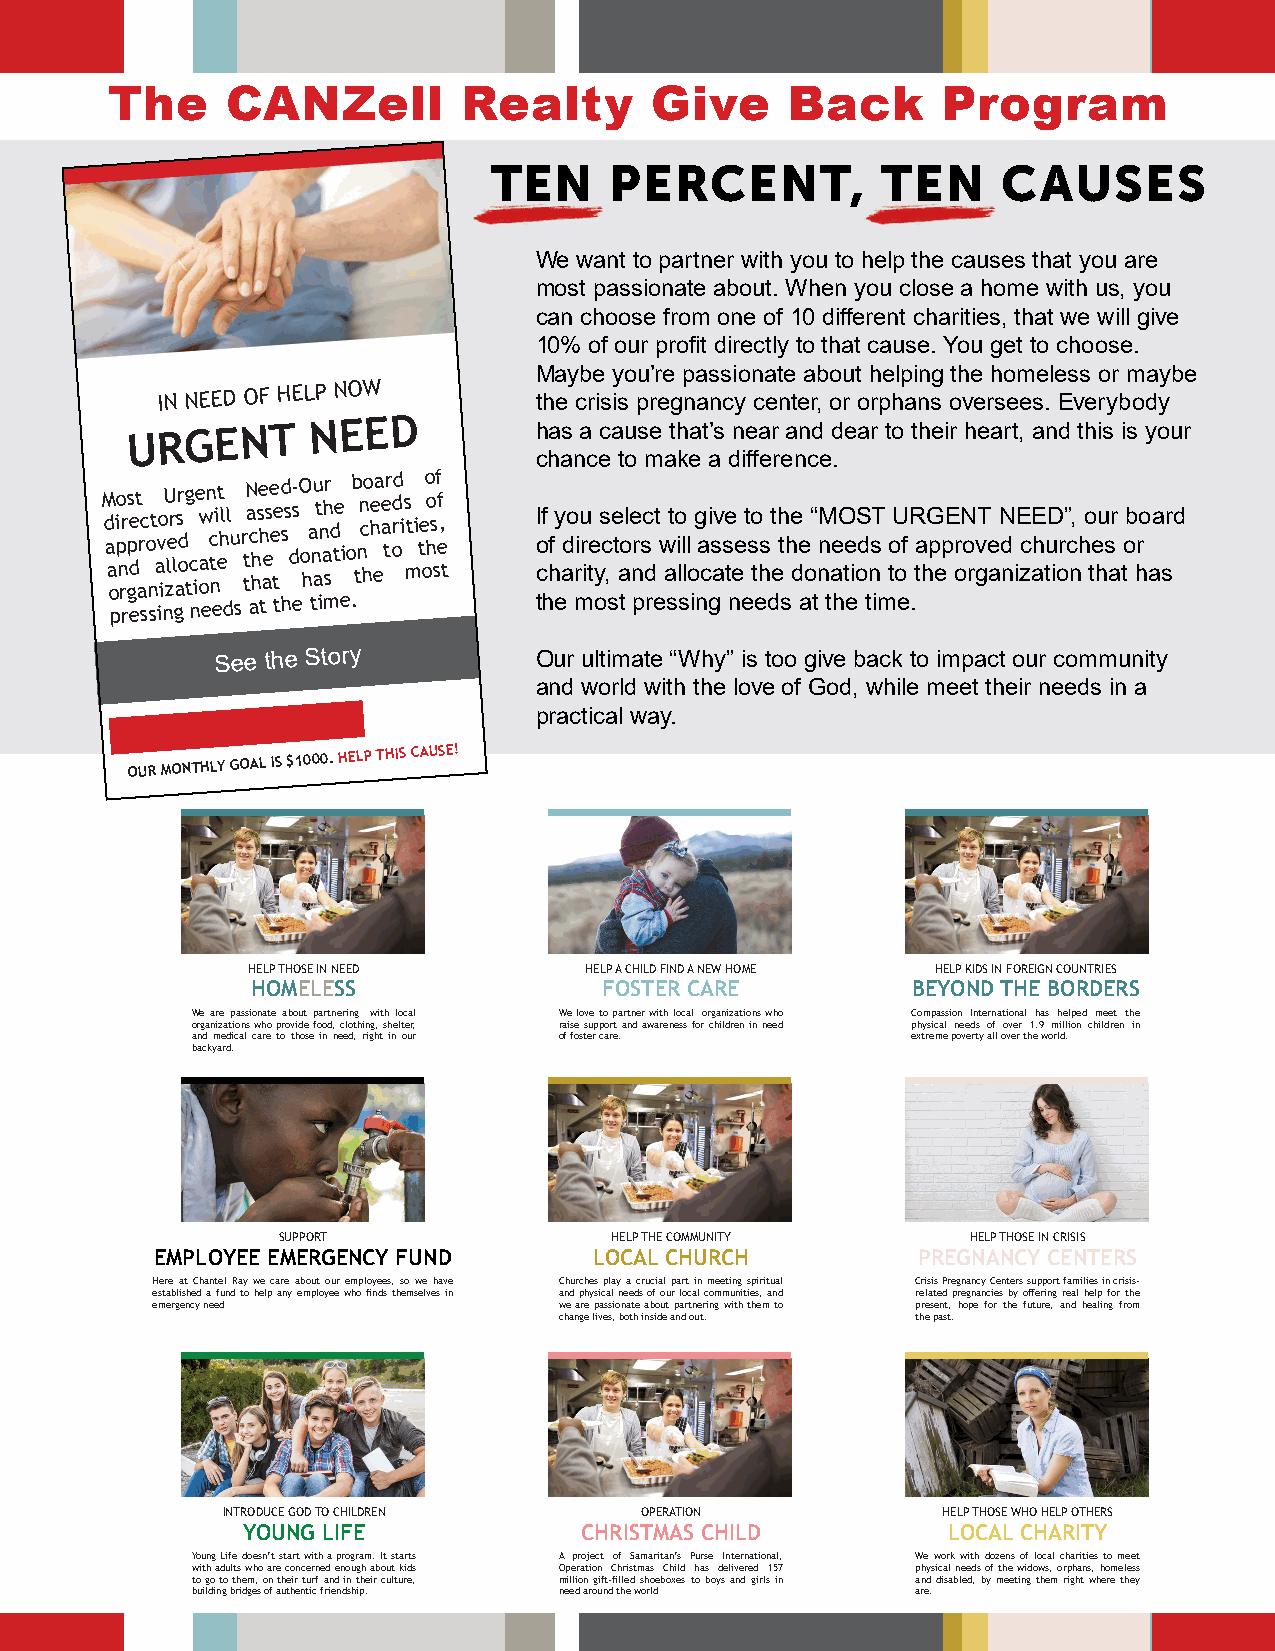
The     CANZell         Realty      Give     Back      Program
 TEN     PERCENT,          TEN     CAUSES
 We want to partner with you to help the causes that you are
 most passionate about. When you close a home with us, you
 can choose from one of 10 different charities, that we will give
 10% of our profit directly to that cause. You get to choose.
 Maybe you’re passionate about helping the homeless or maybe
 IN NEED OF HELP NOW      the crisis pregnancy center, or orphans oversees. Everybody
 URGENT
 NEED
 has a cause that’s near and dear to their heart, and this is your
 chance to make a difference.
 M d a a oi po n rr ps ge dt arc o nt avo iU zler l asr od g tc ie aw on c t nit ehl l u r ttN a c hhse h aese e te d ss d - sO o ha nu at n ah sr d te i ob tnn c ho e h ea e a t r ordd i s mt i te oo ho s sf ef , t I o cf hf y ado riru ite ys c , e t aole nrsc d t w ato i ll ll o g a ci s av se tee t so ths t e h t he de o“ nM n aeO te ioS d nsT toU of R ta hG p epE orN o rgvT e a N d n iE zc ahE tuD ior” c n, h o te hu s ar tob hro aa srd
 pressing needs at the time. the most pressing needs at the time.
 See the Story        Our ultimate “Why” is too give back to impact our community
 and world with the love of God, while meet their needs in a
 practical way.
 OUR MONTHLY GOAL IS $1000. HELP THIS CAUSE!
 HELP THOSE IN NEED     HELP A CHILD FIND A NEW HOME HELP KIDS IN FOREIGN COUNTRIES
 HOMELESS               FOSTER CARE         BEYOND THE BORDERS
 We are passionate about partnering with local We love to partner with local organizations who Compassion International has helped meet the
 organizations who provide food, clothing, shelter, raise support and awareness for children in need physical needs of over 1.9 million children in
 and medical care to those in need, right in our of foster care. extreme poverty all over the world.
 backyard.
 SUPPORT               HELP THE COMMUNITY      HELP THOSE IN CRISIS
 EMPLOYEE EMERGENCY FUND      LOCAL CHURCH          PREGNANCY CENTERS
 Here at Chantel Ray we care about our employees, so we have Churches play a crucial part in meeting spiritual Crisis Pregnancy Centers support families in crisis-
 established a fund to help any employee who finds themselves in and physical needs of our local communities, and related pregnancies by offering real help for the
 emergency need             we are passionate about partnering with them to present, hope for the future, and healing from
 change lives, both inside and out. the past.
 INTRODUCE GOD TO CHILDREN  OPERATION           HELP THOSE WHO HELP OTHERS
 YOUNG LIFE            CHRISTMAS CHILD          LOCAL CHARITY
 Young Life doesn’t start with a program. It starts A project of Samaritan’s Purse International, We work with dozens of local charities to meet
 with adults who are concerned enough about kids Operation Christmas Child has delivered 157 physical needs of the widows, orphans, homeless
 to go to them, on their turf and in their culture, million gift-filled shoeboxes to boys and girls in and disabled, by meeting them right where they
 building bridges of authentic friendship. need around the world are.